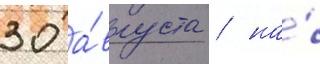
30 а́вгуста / на́